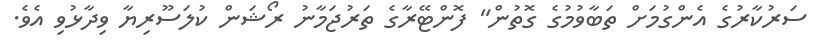
ސަރުކާރުގެ އެންގުމަށް ތަބާވުމުގެ ގޮތުން" ފޮންޓޭރާގެ ތަރުޖަމާނު ރޯޝަން ކުލަސޫރިޔާ ވިދާޅުވި އެވެ.